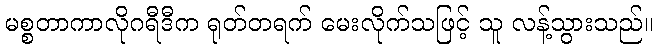
မစ္စတာကာလိုဂရီဒီက ရုတ်တရက် မေးလိုက်သဖြင့် သူ လန့်သွားသည်။